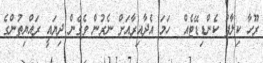
ރޫހާ ކިލާފު ކެންޑިޑޭޓެއް  ހަމަ އެދާއިރާއަށް ނެރުން ވެގެން ދިޔައީ ރައްޔިތުންގެ